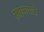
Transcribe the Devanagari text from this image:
ख़ामयाजे़